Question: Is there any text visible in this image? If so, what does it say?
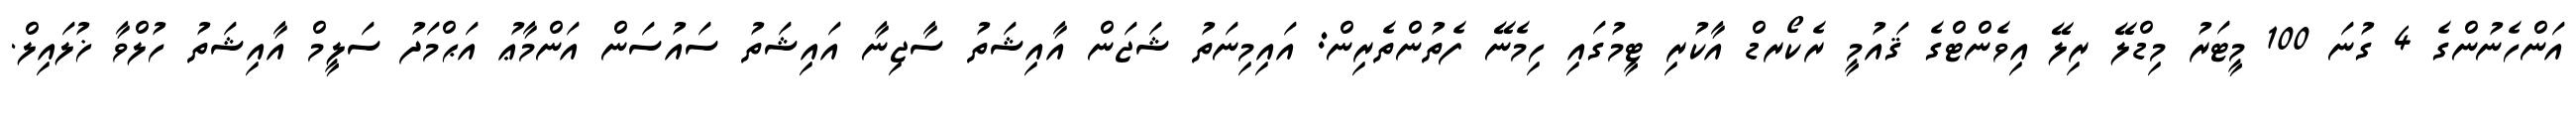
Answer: އަންހެނުންގެ 4 ގުނަ 100 މީޓަރު މިޑްލޭ ރިލޭ އިވެންޓްގެ ޤައުމީ ރެކޯރޑް އާކުރި ޓީމުގައި ހިމެނޭ ފެތުންތެރިން: އައިމިނަތު ޝަޖަން އާއިޝަތު ސާޖިނާ އައިޝަތު ސައުސަން އަންމާޢު އަޙްމަދު ސަލީމް އާއިޝަތު ހުލްވާ ޚުލައިލް.